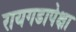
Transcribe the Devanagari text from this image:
रायगडापेक्षा